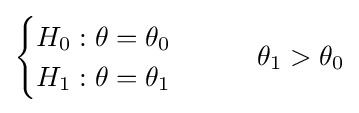
{\begin{cases}H_{0}:\theta =\theta _{0}\\H_{1}:\theta =\theta _{1}\end{cases}}\qquad \theta _{1}>\theta _{0}